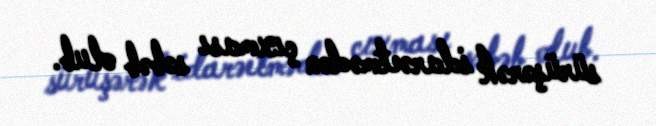
sürüşərək idarəetmədən çıxması səbəb olub.